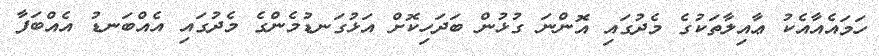
ހަމައެއާއެކު ޢާއިލާތަކުގެ މެދުގައި އޮންނަ ގުޅުން ބަދަހިކޮށް އަޅުގަނޑުމެންގެ މެދުގައި އެއްބަނޑު އެއްބަފާ